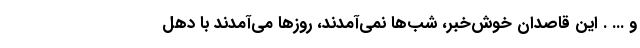
و ... . این قاصدان خوش‌خبر، شب‌ها نمی‌آمدند، روزها می‌آمدند با دهل